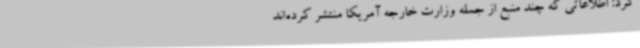
کرد: اطلاعاتی که چند منبع از جمله وزارت خارجه آمریکا منتشر کرده‌اند